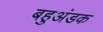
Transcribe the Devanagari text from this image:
बहुअंडक